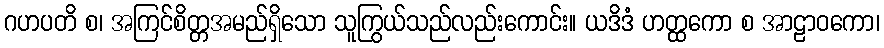
ဂဟပတိ စ၊ အကြင်စိတ္တအမည်ရှိသော သူကြွယ်သည်လည်းကောင်း။ ယဒိဒံ ဟတ္ထကော စ အာဠာဝကော၊